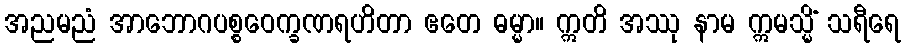
အညမညံ အာဘောဂပစ္စဝေက္ခဏရဟိတာ ဧတေ ဓမ္မာ။ ဣတိ အဿု နာမ ဣမသ္မိံ သရီရေ